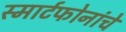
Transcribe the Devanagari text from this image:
स्मार्टफोनांचे